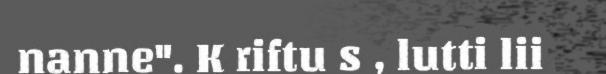
nanne". K riftu s , lutti lii